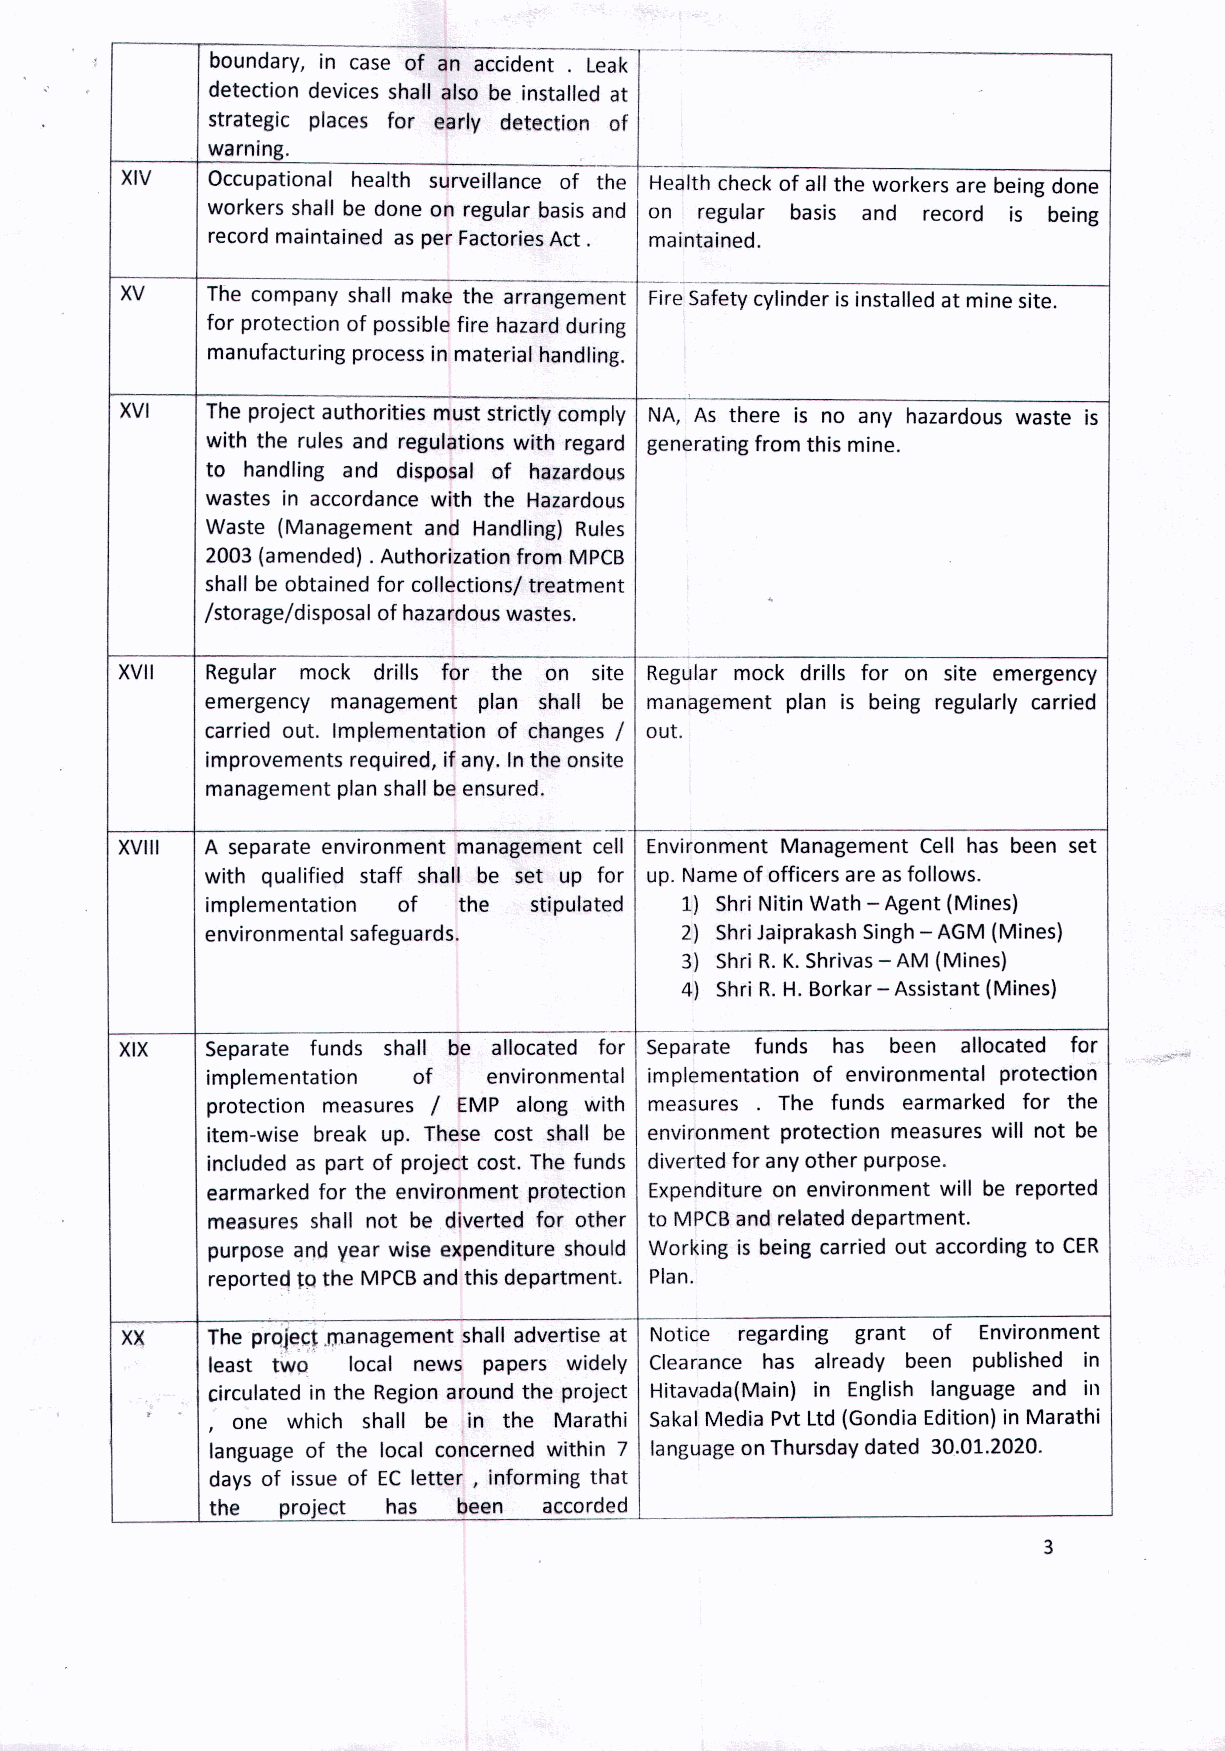
boundary, in case of an aCcide-nt . Leak ----------------------,
 detection devices shall also be installed at
 strategic places for early detection of
 warning.
 XIV   Occupational health surveillance of the Health check of all the workers are being done
 workers shall be done on regular basis and on regular basis and record is being
 record maintained as per Factories Act. maintained.
 XV    The company shall make the arrangement Fire Safety cylinder isinstalled at mine site.
 for protection of possible fire hazard during
 manufacturing process in material handling.
 XVI   The project authorities must strictly comply NA, As there is no any hazardous waste is
 with the rules and regulations with regard generating from this mine.
 to handling and disposal of hazardous
 wastes in accordance with the Hazardous
 Waste (Management and Handling) Rules
 2003 (amended) .Authorization from MPCB
 shall be obtained for collections/ treatment
 /storage/disposal of hazardous wastes.
 XVII  Regular mock drills for the on site Regular mock drills for on site emergency
 emergency management plan shall be management plan is being regularly carried
 carried out. Implementation of changes / out.
 improvements required, if any. In the onsite
 management plan shall be ensured.
 XVIII A separate environment management cell Environment Management Cell has been set
 with qualified staff shall be set up for up. Nameof officers are asfollows.
 implementation of the stipulated 1) ShriNitin Wath - Agent (Mines)
 environmental safeguards.      2) ShriJaiprakashSingh- AGM (Mines)
 3) ShriR.K.Shrivas- AM (Mines)
 4) ShriR.H.Borkar- Assistant (Mines)
 XIX   Separate funds shall be allocated for Separate funds has been allocated for
 implementation of environmental implementation of environmental protection
 protection measures / EMP along with measures The funds earmarked for the
 item-wise break up. These cost shall be environment protection measures will not be
 included as part of project cost. The funds diverted for anyother purpose.
 earmarked for the environment protection Expenditure on environment will be reported
 measures shall not be diverted for other to MPCBand related department.
 purpose and year wise expenditure should Working is being carried out according to CER
 reported to the MPCBand this department. Plan.
 XX    The prQj~~tmanagement shall advertise at Notice regarding grant of Environment
 least two local news papers widely Clearance has already been published in
 . circulated in the Regionaround the project Hitavada(Main) in English language and in
 one which shall be in the Marathi SakalMedia PvtLtd(Gondia Edition) in Marathi
 r
 language of the local concerned within 7 languageonThursday dated 30.01.2020.
 days of issue of ECletter, informing that
 the  project has been accorded
 3